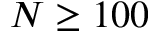
N \ge 1 0 0